Problem: 9 × 5 = ?
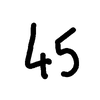
Handwritten answer: 45